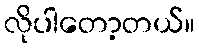
လိုပါတော့တယ်။